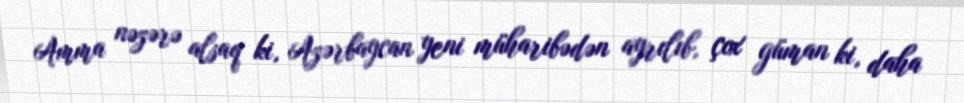
Amma nəzərə alsaq ki, Azərbaycan yeni müharibədən ayrılıb, çox güman ki, daha